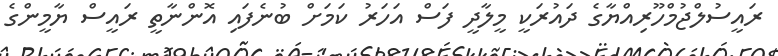
ރައީސުލްޖުމްހޫރިއްޔާގެ ދައުރަކީ މީލާދީ ފަސް އަހަރު ކަމަށް ބުނެފައި އޮންނާތީ ރައީސް ޔާމީންގެ